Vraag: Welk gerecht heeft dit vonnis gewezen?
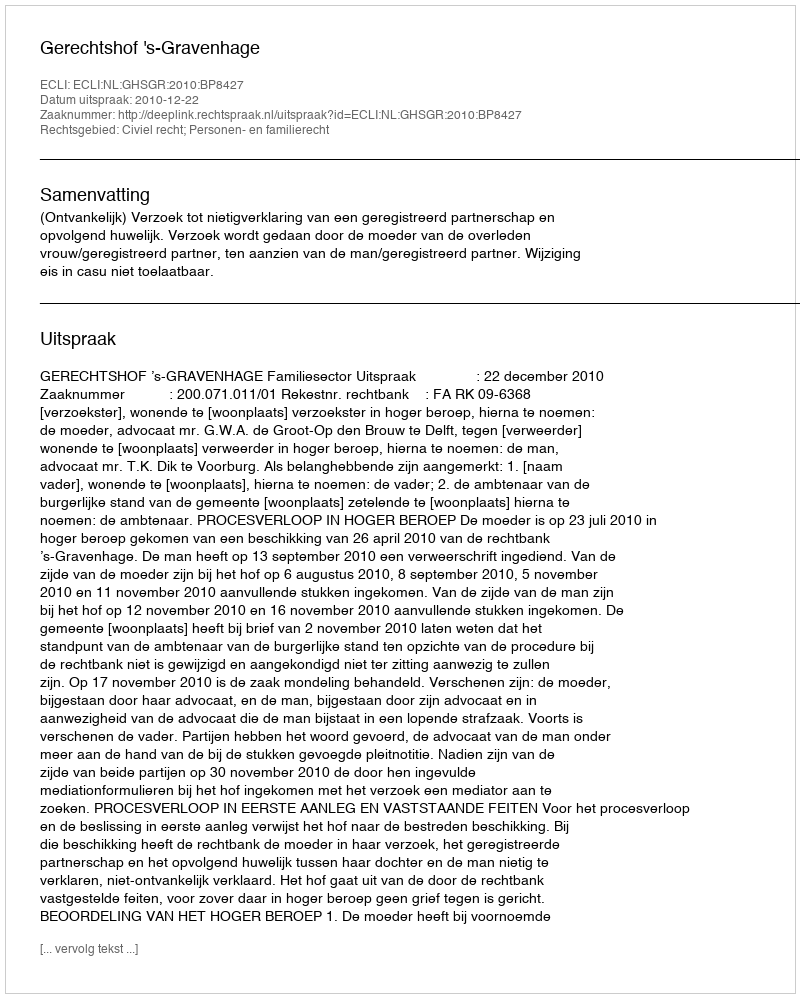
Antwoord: Gerechtshof 's-Gravenhage